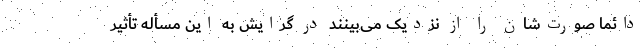
دائماً صورت‌شان را از نزدیک می‌بینند در گرایش به این مسأله تأثیر